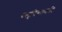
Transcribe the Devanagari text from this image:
बलुचिस्तानकी